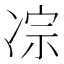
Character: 𪞥